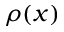
\rho ( x )